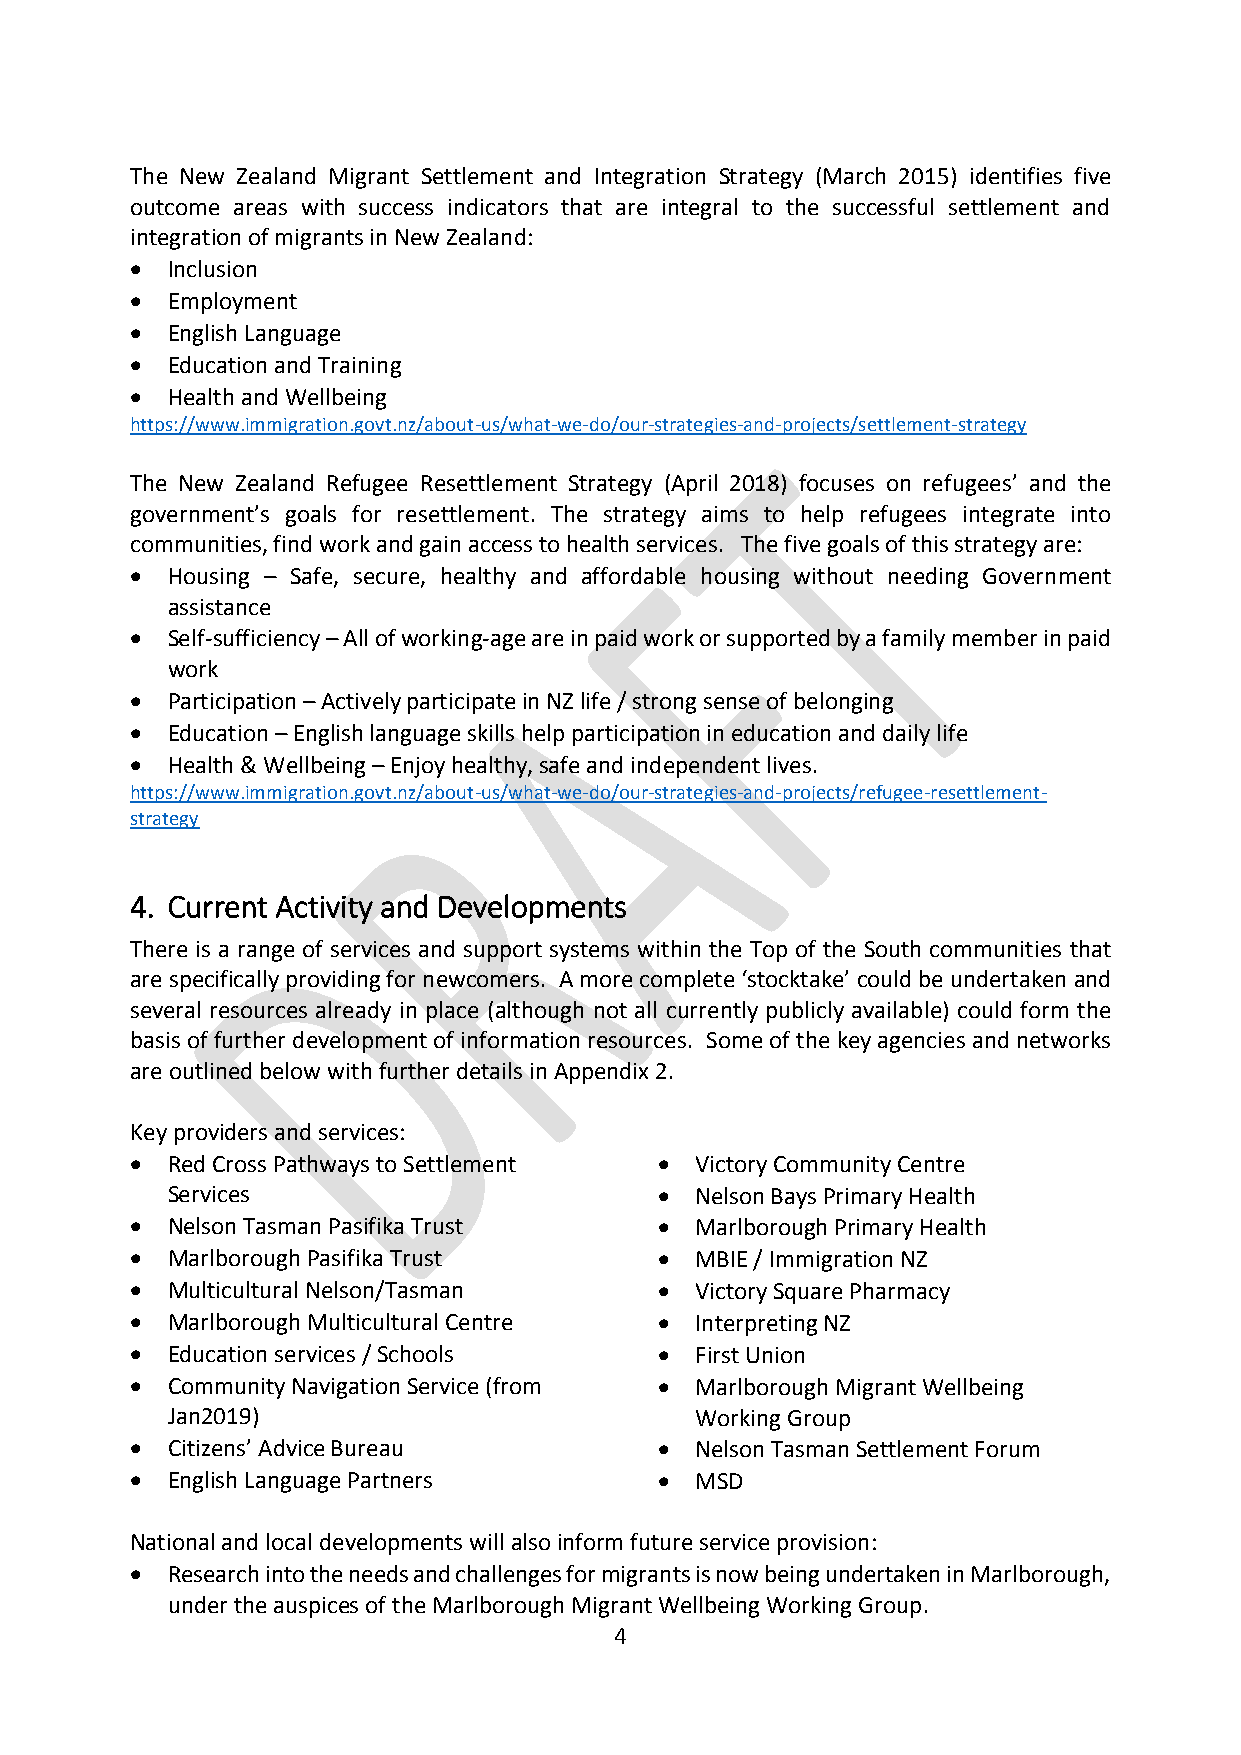
The New Zealand Migrant Settlement and Integration Strategy (March 2015) identifies five
 outcome areas with success indicators that are integral to the successful settlement and
 integration of migrants in New Zealand:
  Inclusion
  Employment
  English Language
  Education and Training
  Health and Wellbeing
 https://www.immigration.govt.nz/about-us/what-we-do/our-strategies-and-projects/settlement-strategy
 The New Zealand Refugee Resettlement Strategy (April 2018) focuses on refugees’ and the
 government’s goals for resettlement. The strategy aims to help refugees integrate into
 communities, find work and gain access to health services. The five goals of this strategy are:
  Housing – Safe, secure, healthy and affordable housing without needing Government
 assistance
  Self-sufficiency – All of working-age are in paid work or supported by a family member in paid
 work
  Participation – Actively participate in NZ life / strong sense of belonging
  Education – English language skills help participation in education and daily life
  Health & Wellbeing – Enjoy healthy, safe and independent lives.
 https://www.immigration.govt.nz/about-us/what-we-do/our-strategies-and-projects/refugee-resettlement-
 strategy
 4. Current Activity and Developments
 There is a range of services and support systems within the Top of the South communities that
 are specifically providing for newcomers. A more complete ‘stocktake’ could be undertaken and
 several resources already in place (although not all currently publicly available) could form the
 basis of further development of information resources. Some of the key agencies and networks
 are outlined below with further details in Appendix 2.
 Key providers and services:
  Red Cross Pathways to Settlement  Victory Community Centre
 Services                          Nelson Bays Primary Health
  Nelson Tasman Pasifika Trust      Marlborough Primary Health
  Marlborough Pasifika Trust        MBIE / Immigration NZ
  Multicultural Nelson/Tasman       Victory Square Pharmacy
  Marlborough Multicultural Centre  Interpreting NZ
  Education services / Schools      First Union
  Community Navigation Service (from  Marlborough Migrant Wellbeing
 Jan2019)                           Working Group
  Citizens’ Advice Bureau           Nelson Tasman Settlement Forum
  English Language Partners         MSD
 National and local developments will also inform future service provision:
  Research into the needs and challenges for migrants is now being undertaken in Marlborough,
 under the auspices of the Marlborough Migrant Wellbeing Working Group.
 4